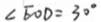
\angle E O D = 3 0 ^ { \circ }